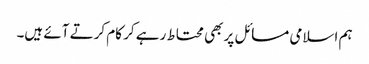
ہم اسلامی مسائل پر بھی محتاط رہے کر کام کرتے آئے ہیں۔